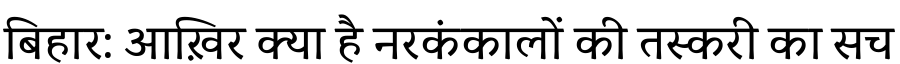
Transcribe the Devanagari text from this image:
बिहार: आख़िर क्या है नरकंकालों की तस्करी का सच